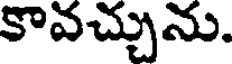
కావచ్చును.